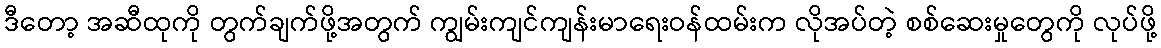
ဒီတော့ အဆီထုကို တွက်ချက်ဖို့အတွက် ကျွမ်းကျင်ကျန်းမာရေးဝန်ထမ်းက လိုအပ်တဲ့ စစ်ဆေးမှုတွေကို လုပ်ဖို့